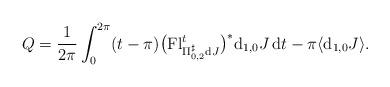
LaTeX: \begin{gather*}Q=\frac{1}{2\pi}\int_{0}^{2\pi}(t-\pi)\big(\mathrm{Fl}_{\Pi_{0,2}^{\sharp}\mathrm{d}J}^{t}\big)^{\ast}\mathrm{d}_{1,0}J\,\mathrm{d}t-\pi\langle\mathrm{d}_{1,0}J\rangle.\end{gather*}